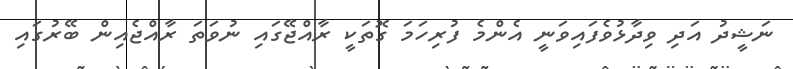
ނަޝީދު އަދި ވިދާޅުވެފައިވަނީ އެންމެ ފުރިހަމަ ގޮތަކީ ރާއްޖޭގައި ނުވަތަ ރާއްޖެއިން ބޭރުގައި